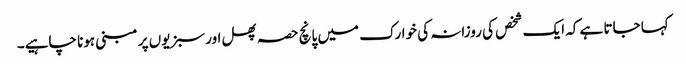
کہا جاتا ہے کہ ایک شخص کی روزانہ کی خوارک میں پانچ حصہ پھل اور سبزیوں پر مبنی ہونا چاہیے۔